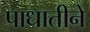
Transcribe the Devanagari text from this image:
पाधातीने